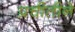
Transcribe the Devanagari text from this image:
प्रचीतीने